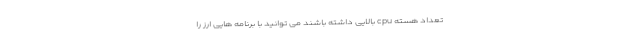
تعداد هسته cpu بالایی داشته باشند می توانید با برنامه هایی ارز را